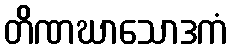
တိဏဃာသောဒကံ